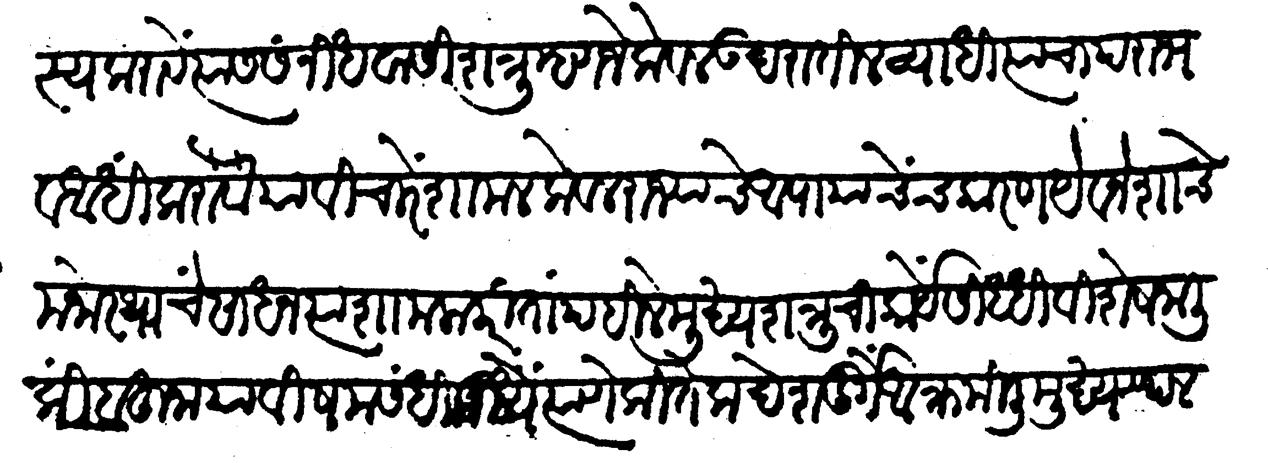
Transliteration (Devanagari): वश्य करावें त्यास संनिधवासी शत्रु म्हणजे केवल उदरांवरील व्याधि त्याचा पराभव आधि करावे या विचारें शामल केवळ राज्याचे अपायाचेंच कारण यवनेशाचे मनोराथाचें साधन त्या शामला करितां पहिले मुक्य शत्रूची कार्येसिद्धी विशेष जाली किंबहुना या विषमसंधीमध्ये त्याणे कितेक देश दुर्गें आक्रमिलीं मुख्य स्थळ